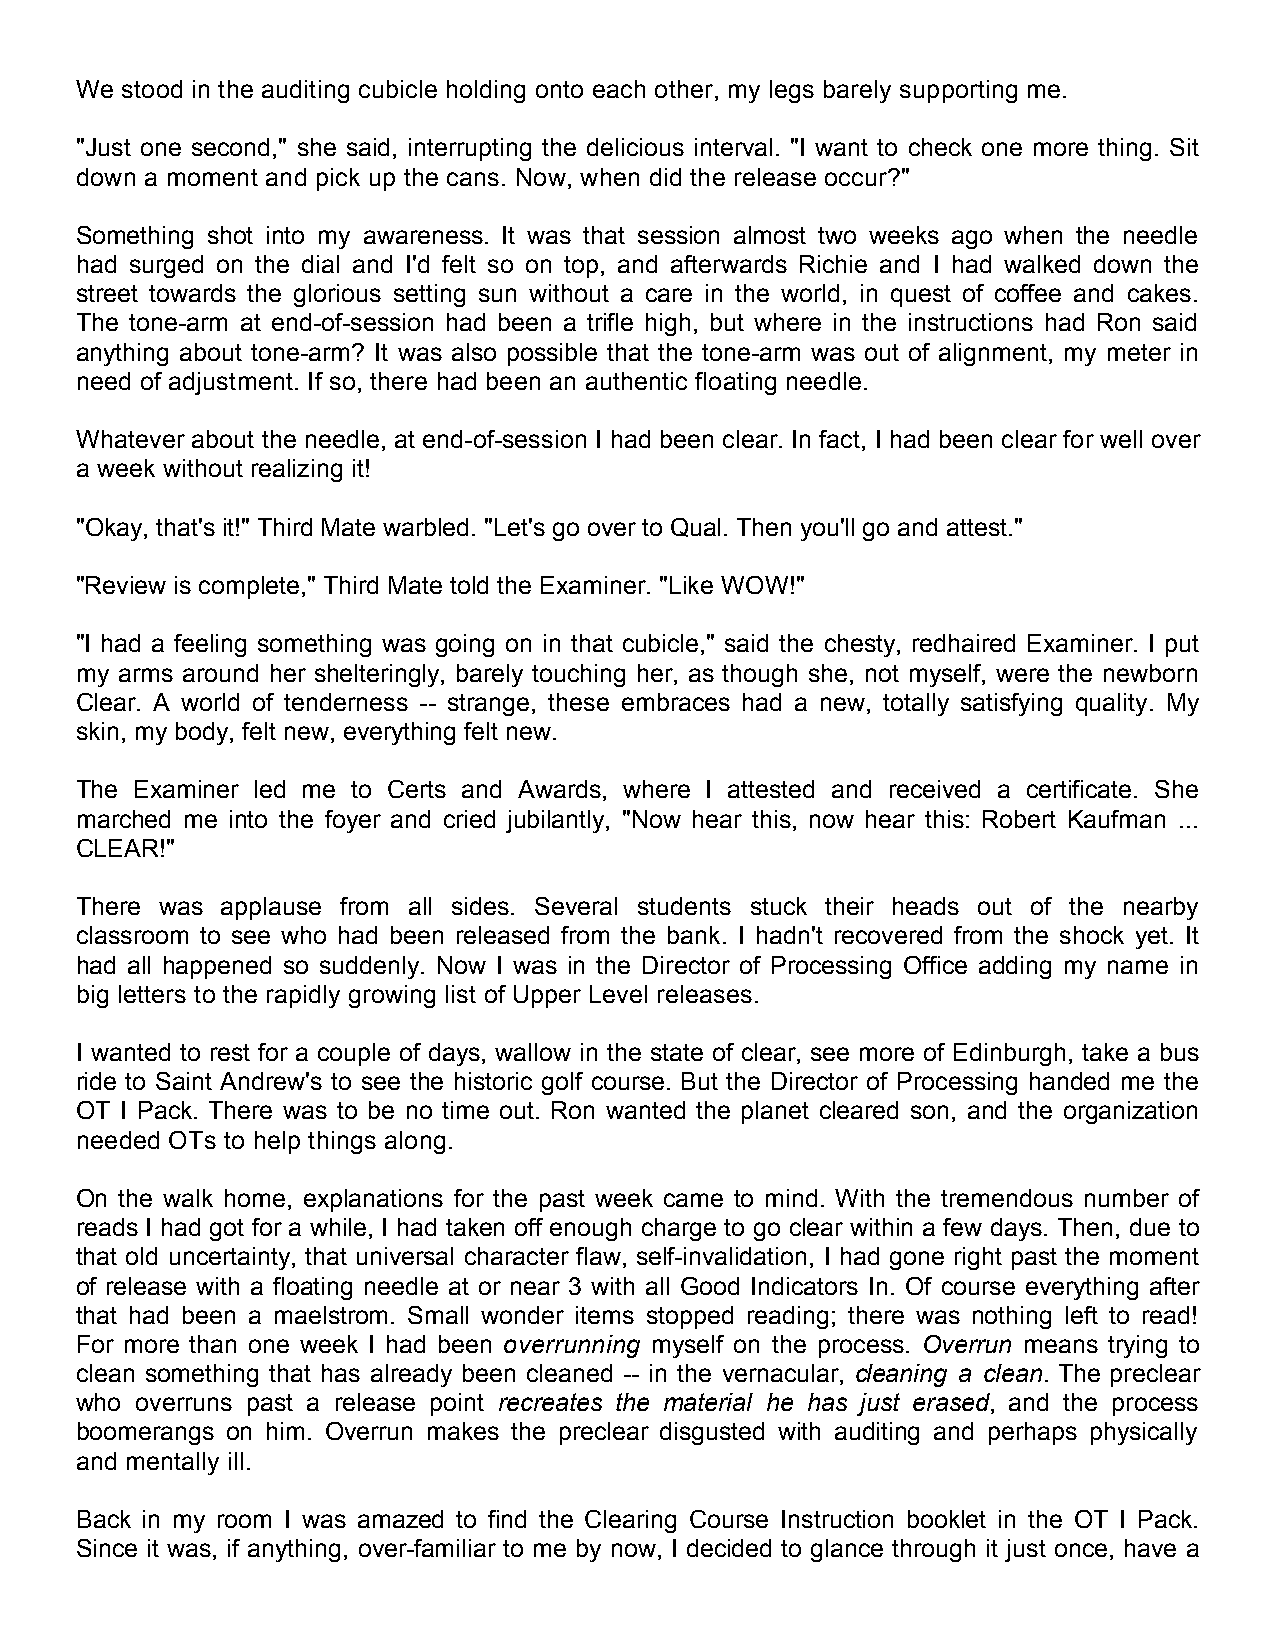
We stood in the auditing cubicle holding onto each other, my legs barely supporting me.
 "Just one second," she said, interrupting the delicious interval. "I want to check one more thing. Sit
 down a moment and pick up the cans. Now, when did the release occur?"
 Something shot into my awareness. It was that session almost two weeks ago when the needle
 had surged on the dial and I'd felt so on top, and afterwards Richie and I had walked down the
 street towards the glorious setting sun without a care in the world, in quest of coffee and cakes.
 The tone-arm at end-of-session had been a trifle high, but where in the instructions had Ron said
 anything about tone-arm? It was also possible that the tone-arm was out of alignment, my meter in
 need of adjustment. If so, there had been an authentic floating needle.
 Whatever about the needle, at end-of-session I had been clear. In fact, I had been clear for well over
 a week without realizing it!
 "Okay, that's it!" Third Mate warbled. "Let's go over to Qual. Then you'll go and attest."
 "Review is complete," Third Mate told the Examiner. "Like WOW!"
 "I had a feeling something was going on in that cubicle," said the chesty, redhaired Examiner. I put
 my arms around her shelteringly, barely touching her, as though she, not myself, were the newborn
 Clear. A world of tenderness -- strange, these embraces had a new, totally satisfying quality. My
 skin, my body, felt new, everything felt new.
 The Examiner led me to Certs and Awards, where I attested and received a certificate. She
 marched me into the foyer and cried jubilantly, "Now hear this, now hear this: Robert Kaufman ...
 CLEAR!"
 There was applause from all sides. Several students stuck their heads out of the nearby
 classroom to see who had been released from the bank. I hadn't recovered from the shock yet. It
 had all happened so suddenly. Now I was in the Director of Processing Office adding my name in
 big letters to the rapidly growing list of Upper Level releases.
 I wanted to rest for a couple of days, wallow in the state of clear, see more of Edinburgh, take a bus
 ride to Saint Andrew's to see the historic golf course. But the Director of Processing handed me the
 OT I Pack. There was to be no time out. Ron wanted the planet cleared son, and the organization
 needed OTs to help things along.
 On the walk home, explanations for the past week came to mind. With the tremendous number of
 reads I had got for a while, I had taken off enough charge to go clear within a few days. Then, due to
 that old uncertainty, that universal character flaw, self-invalidation, I had gone right past the moment
 of release with a floating needle at or near 3 with all Good Indicators In. Of course everything after
 that had been a maelstrom. Small wonder items stopped reading; there was nothing left to read!
 For more than one week I had been overrunning myself on the process. Overrun means trying to
 clean something that has already been cleaned -- in the vernacular, cleaning a clean. The preclear
 who overruns past a release point recreates the material he has just erased, and the process
 boomerangs on him. Overrun makes the preclear disgusted with auditing and perhaps physically
 and mentally ill.
 Back in my room I was amazed to find the Clearing Course Instruction booklet in the OT I Pack.
 Since it was, if anything, over-familiar to me by now, I decided to glance through it just once, have a